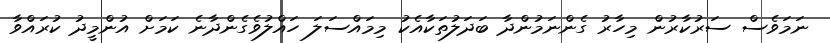
ނަމަވެސް ސަރުކާރުން މިހާރު ގެންނަމުންދާ ބަދަލުތަކާއެކު މިމައްސަލަ ހައްލުވެގެންދާނެ ކަަމަށް އުންމީދު ކުރައްވާ